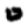
Digit: 0